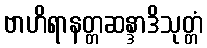
ဗာဟိရာနတ္တဆန္ဒာဒိသုတ္တံ